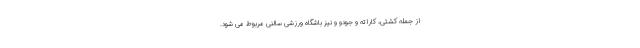
از جمله کشتی، کاراته و جودو و نیز باشگاه ورزشی سالنی مربوط می شود.